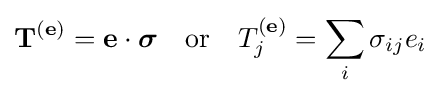
\mathbf {T} ^{(\mathbf {e} )}=\mathbf {e} \cdot {\boldsymbol {\sigma }}\quad {\text{or}}\quad T_{j}^{(\mathbf {e} )}=\sum _{i}\sigma _{ij}e_{i}